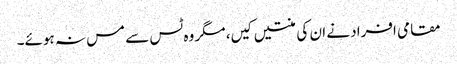
مقامی افراد نے ان کی منتیں کیں، مگر وہ ٹس سے مس نہ ہوئے۔